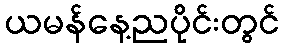
ယမန်နေ့ညပိုင်းတွင်